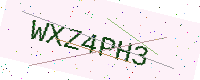
Text: WXZ4PH3